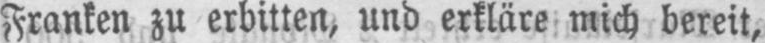
Franken zu erbitten, und erkläre mich bereit,